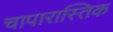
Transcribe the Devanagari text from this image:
चापारास्तिक